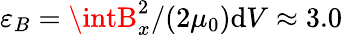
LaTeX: \varepsilon_{B}=\intB_{x}^{2}/(2\mu_{0})\mathrm{d}V\approx3.0